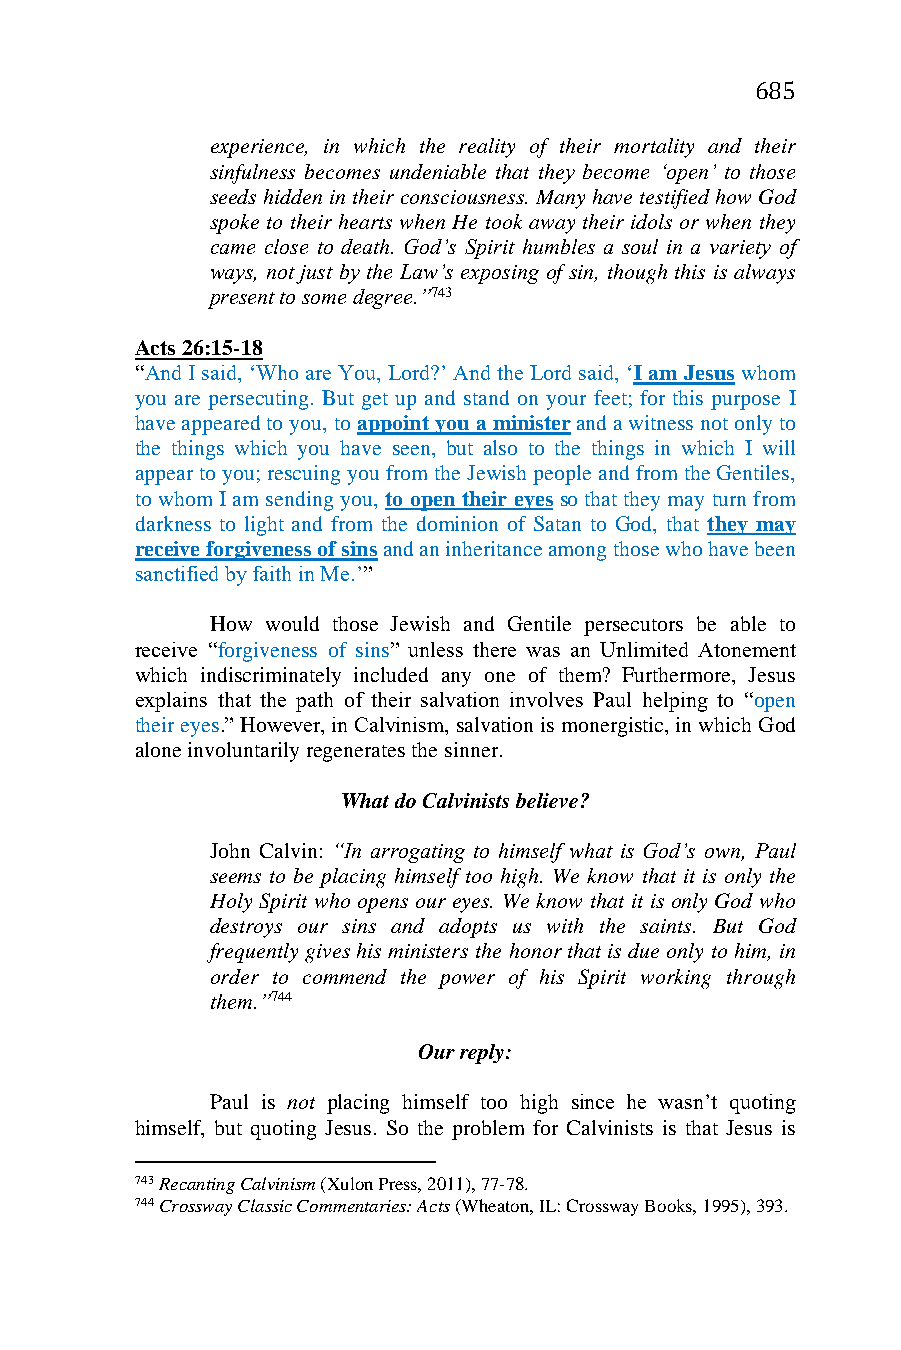
685
 experience, in which the reality of their mortality and their
 sinfulness becomes undeniable that they become ‘open’ to those
 seeds hidden in their consciousness. Many have testified how God
 spoke to their hearts when He took away their idols or when they
 came close to death. God’s Spirit humbles a soul in a variety of
 ways, not just by the Law’s exposing of sin, though this is always
 present to some degree.”743
 Acts 26:15-18
 “And I said, ‘Who are You, Lord?’ And the Lord said, ‘I am Jesus whom
 you are persecuting. But get up and stand on your feet; for this purpose I
 have appeared to you, to appoint you a minister and a witness not only to
 the things which you have seen, but also to the things in which I will
 appear to you; rescuing you from the Jewish people and from the Gentiles,
 to whom I am sending you, to open their eyes so that they may turn from
 darkness to light and from the dominion of Satan to God, that they may
 receive forgiveness of sins and an inheritance among those who have been
 sanctified by faith in Me.’”
 How would those Jewish and Gentile persecutors be able to
 receive “forgiveness of sins” unless there was an Unlimited Atonement
 which indiscriminately included any one of them? Furthermore, Jesus
 explains that the path of their salvation involves Paul helping to “open
 their eyes.” However, in Calvinism, salvation is monergistic, in which God
 alone involuntarily regenerates the sinner.
 What do Calvinists believe?
 John Calvin: “In arrogating to himself what is God’s own, Paul
 seems to be placing himself too high. We know that it is only the
 Holy Spirit who opens our eyes. We know that it is only God who
 destroys our sins and adopts us with the saints. But God
 frequently gives his ministers the honor that is due only to him, in
 order to commend the power of his Spirit working through
 them.”744
 Our reply:
 Paul is not placing himself too high since he wasn’t quoting
 himself, but quoting Jesus. So the problem for Calvinists is that Jesus is
 743 Recanting Calvinism (Xulon Press, 2011), 77-78.
 744 Crossway Classic Commentaries: Acts (Wheaton, IL: Crossway Books, 1995), 393.